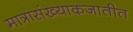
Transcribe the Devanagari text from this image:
मात्रासंख्याकजातीत